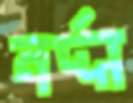
নর্দ্দা